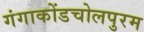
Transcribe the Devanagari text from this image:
गंगाकोंडचोलपुरम